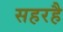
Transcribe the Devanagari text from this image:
सहरहै